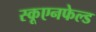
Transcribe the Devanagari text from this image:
स्कूएनफेल्ड